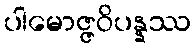
ပါမောဇ္ဇဝိပန္နဿ